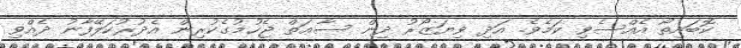
ކޮބައިތޯ އެއްސެވި ކަމެވެ. އަދި ވިޔަޒޯރު ދިން ސާޢަތް ޖެހުމުގެކުރިން އެދުރުކަލޭފާނު ދެއްވި